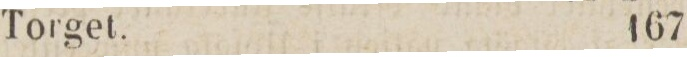
Torget.    167